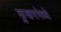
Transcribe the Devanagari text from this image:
कुकरमेध्ये